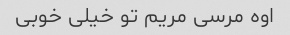
اوه مرسی مریم تو خیلی خوبی